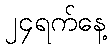
၂၄ရက်နေ့